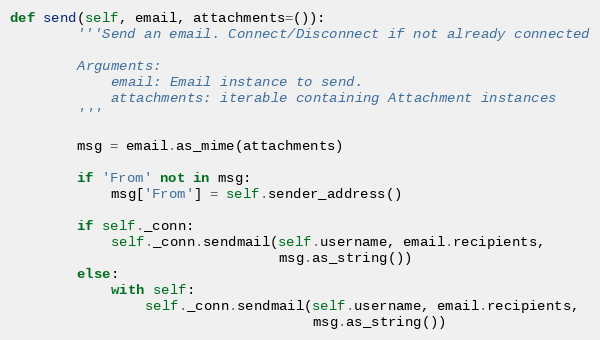
Language: Python
def send(self, email, attachments=()):
        '''Send an email. Connect/Disconnect if not already connected

        Arguments:
            email: Email instance to send.
            attachments: iterable containing Attachment instances
        '''

        msg = email.as_mime(attachments)

        if 'From' not in msg:
            msg['From'] = self.sender_address()

        if self._conn:
            self._conn.sendmail(self.username, email.recipients,
                                msg.as_string())
        else:
            with self:
                self._conn.sendmail(self.username, email.recipients,
                                    msg.as_string())